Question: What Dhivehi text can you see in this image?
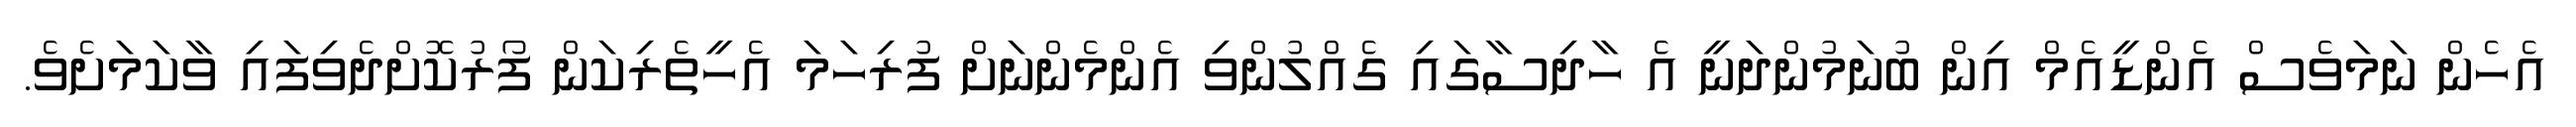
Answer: އެހެން ނަމަވެސް އެންޑީއެމް އިން ބުނަމުންދަނީ އެ ހާދިސާގައި ގެއްލުންވި އެންމެންނަށް ފުރިހަމަ އެހީތެރިކަން ފޯރުކޮށްދެވިފައި ވާކަމަށެވެ.